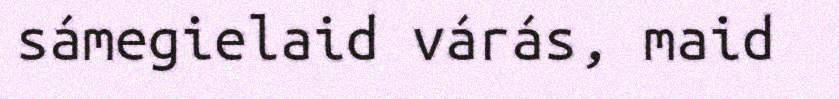
sámegielaid várás, maid